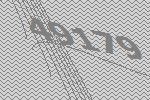
49179